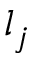
l _ { j }